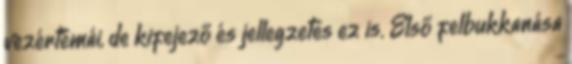
vezértémái, de kifejező és jellegzetes ez is. Első felbukkanása